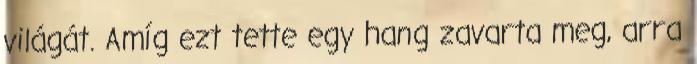
világát. Amíg ezt tette egy hang zavarta meg, arra